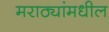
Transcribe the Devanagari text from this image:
मराठ्यांमधील